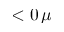
< 0 \, \mu